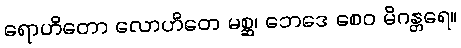
ရောဟိတော လောဟိတေ မစ္ဆ၊ ဘေဒေ စေဝ မိဂန္တရေ။